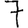
Digit: 7